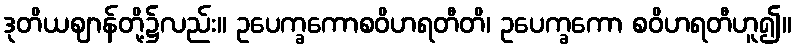
ဒုတိယဈာန်တို့၌လည်း။ ဥပေက္ခကောစဝိဟရတီတိ၊ ဥပေက္ခကော စဝိဟရတီဟူ၍။